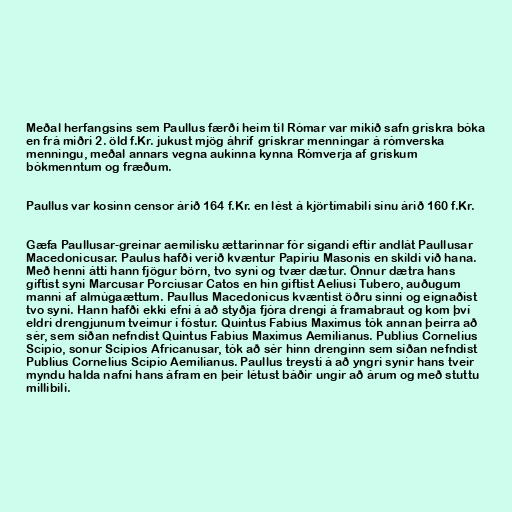
Meðal herfangsins sem Paullus færði heim til Rómar var mikið safn grískra bóka
en frá miðri 2. öld f.Kr. jukust mjög áhrif grískrar menningar á rómverska
menningu, meðal annars vegna aukinna kynna Rómverja af grískum
bókmenntum og fræðum.

Paullus var kosinn censor árið 164 f.Kr. en lést á kjörtímabili sínu árið 160 f.Kr.

Gæfa Paullusar-greinar aemilísku ættarinnar fór sígandi eftir andlát Paullusar
Macedonicusar. Paulus hafði verið kvæntur Papiriu Masonis en skildi við hana.
Með henni átti hann fjögur börn, tvo syni og tvær dætur. Önnur dætra hans
giftist syni Marcusar Porciusar Catos en hin giftist Aeliusi Tubero, auðugum
manni af almúgaættum. Paullus Macedonicus kvæntist öðru sinni og eignaðist
tvo syni. Hann hafði ekki efni á að styðja fjóra drengi á framabraut og kom því
eldri drengjunum tveimur í fóstur. Quintus Fabius Maximus tók annan þeirra að
sér, sem síðan nefndist Quintus Fabius Maximus Aemilianus. Publius Cornelius
Scipio, sonur Scipios Africanusar, tók að sér hinn drenginn sem síðan nefndist
Publius Cornelius Scipio Aemilianus. Paullus treysti á að yngri synir hans tveir
myndu halda nafni hans áfram en þeir létust báðir ungir að árum og með stuttu
millibili.